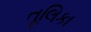
તૂલિકા